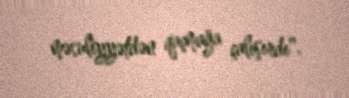
məsuliyyətdən qaçmağa çalışırdı".